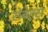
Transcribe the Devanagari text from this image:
रोबेल्स